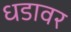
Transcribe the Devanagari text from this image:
धडावर